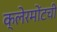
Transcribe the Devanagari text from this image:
क्लेरमोंटची